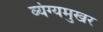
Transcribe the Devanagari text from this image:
व्यंग्यमुखर